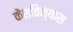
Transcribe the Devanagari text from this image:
केश्विन्यास